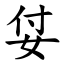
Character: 姇